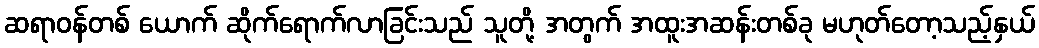
ဆရာဝန်တစ် ယောက် ဆိုက်ရောက်လာခြင်းသည် သူတို့ အတွက် အထူးအဆန်းတစ်ခု မဟုတ်တော့သည့်နှယ်